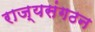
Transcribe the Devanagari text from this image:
राज्यसंगठन